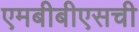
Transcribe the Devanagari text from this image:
एमबीबीएसची